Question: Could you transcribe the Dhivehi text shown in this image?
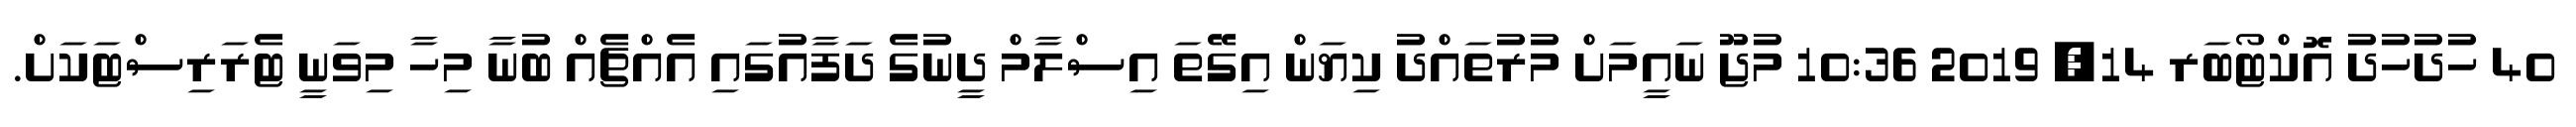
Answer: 40 ހުދުހުދު އޮކްޓޯބަރ 14, 2019 10:36 މުޖޫ ނައީމަށް މުރުތައްދު ކިޔަން އިގޭތަ އިސްލާމް ދީނުގެ ދަފާއުގައި އެއްޗެއް ބުނާ މިހާ މިވަނީ ޓެރަރިސްޓަކަށް.